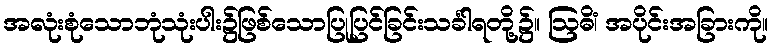
အလုံးစုံသောဘုံသုံးပါး၌ဖြစ်သောပြုပြင်ခြင်းသင်္ခါရတို့၌။ ဩဓိံ၊ အပိုင်းအခြားကို။